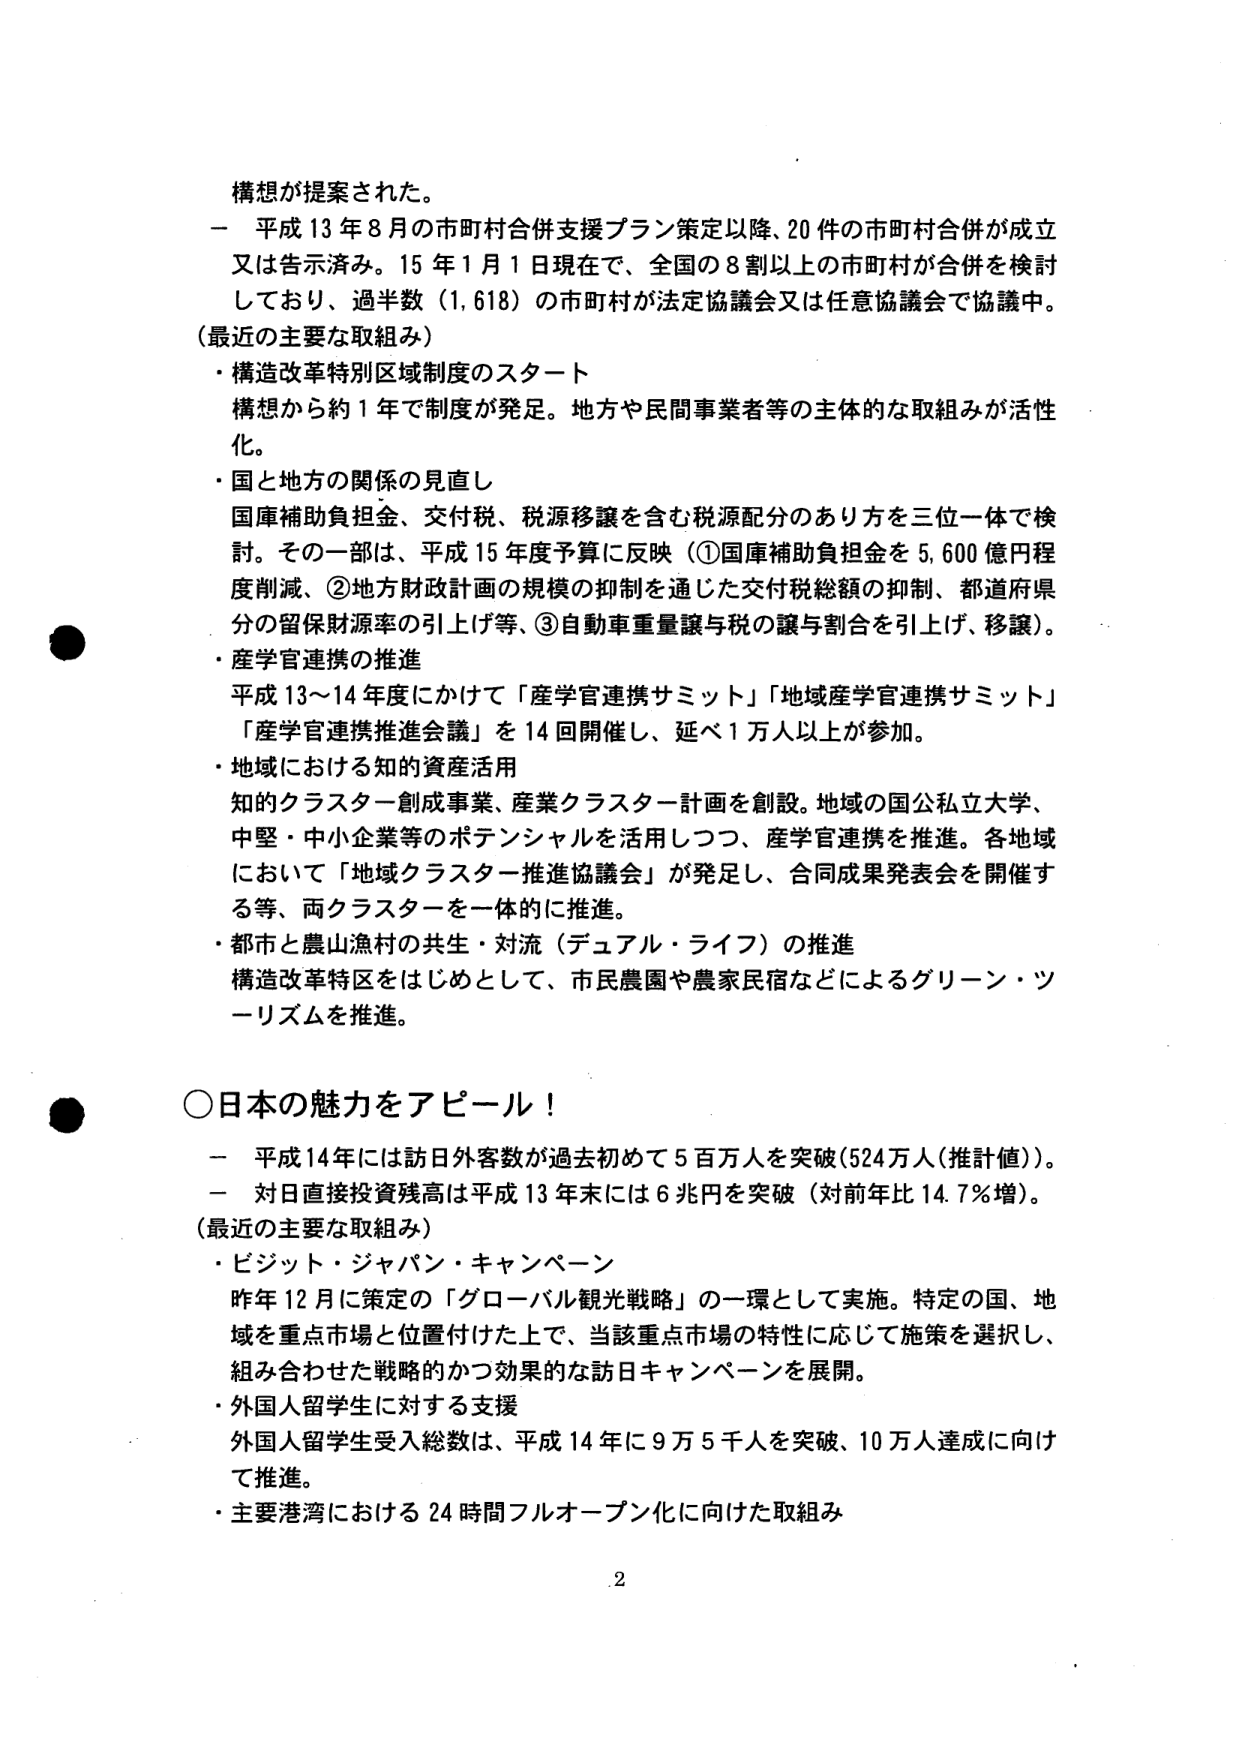
構想が提案された。
－ 平成13年8月の市町村合併支援プラン策定以降、20件の市町村合併が成立又は告示済み。15年1月1日現在で、全国の8割以上の市町村が合併を検討しており、過半数（1,618）の市町村が法定協議会又は任意協議会で協議中。
（最近の主要な取組み）
・構造改革特別区域制度のスタート
構想から約1年で制度が発足。地方や民間事業者等の主体的な取組みが活性化。
・国と地方の関係の見直し
国庫補助負担金、交付税、税源移譲を含む税源配分のあり方を三位一体で検討。その一部は、平成15年度予算に反映（①国庫補助負担金を5,600億円程度削減、②地方財政計画の規模の抑制を通じた交付税総額の抑制、都道府県分の留保財源率の引上げ等、③自動車重量譲与税の譲与割合を引上げ、移譲）。
・産学官連携の推進
平成13～14年度にかけて「産学官連携サミット」「地域産学官連携サミット」「産学官連携推進会議」を14回開催し、延べ1万人以上が参加。
・地域における知的資産活用
知的クラスター創成事業、産業クラスター計画を創設。地域の国公私立大学、中堅・中小企業等のポテンシャルを活用しつつ、産学官連携を推進。各地域において「地域クラスター推進協議会」が発足し、合同成果発表会を開催する等、両クラスターを一体的に推進。
・都市と農山漁村の共生・対流（デュアル・ライフ）の推進
構造改革特区をはじめとして、市民農園や農家民宿などによるグリーン・ツーリズムを推進。

○日本の魅力をアピール！
－ 平成14年には訪日外客数が過去初めて5百万人を突破（524万人（推計値））。
－ 対日直接投資残高は平成13年末には6兆円を突破（対前年比14.7％増）。
（最近の主要な取組み）
・ビジット・ジャパン・キャンペーン
昨年12月に策定の「グローバル観光戦略」の一環として実施。特定の国、地域を重点市場と位置付けた上で、当該重点市場の特性に応じて施策を選択し、組み合わせた戦略的かつ効果的な訪日キャンペーンを展開。
・外国人留学生に対する支援
外国人留学生受入総数は、平成14年に9万5千人を突破、10万人達成に向けて推進。
・主要港湾における24時間フルオープン化に向けた取組み

2